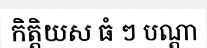
កិត្តិយស ធំ ៗ បណ្តា